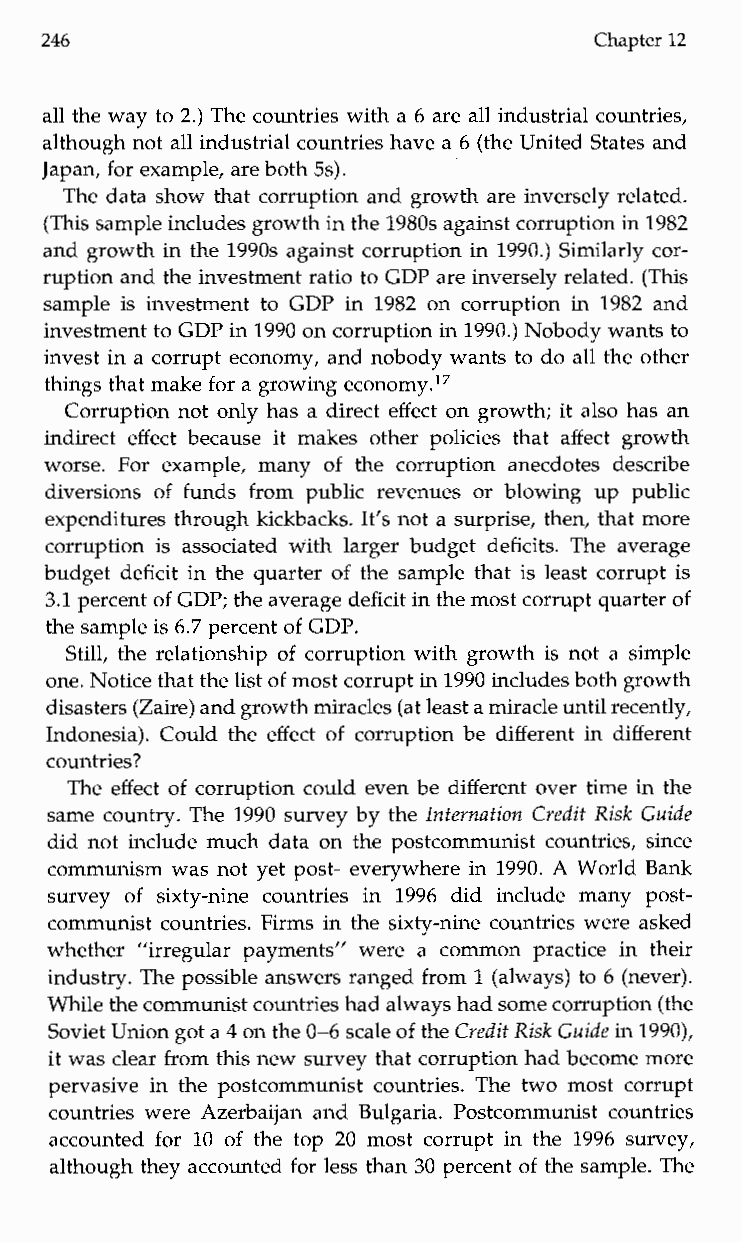
246                                 Chapter 12
 all the way to 2.) The countries with a 6 are all industrial countries,
 although not all industrial countries have a 6 (theU nited States and
 Japan, for example, are both 5s).
 The data show that corruption and growth are inversely related.
 (This sample includes growth in the1 980s against corruption in1 982
 and growth in the 1990s against corruption in 1990.) Similarly cor-
 ruption and the investment ratio toG DP are inversely related. (This
 sample is investment to GDP in 1982 on corruption in 1982 and
 investment to GDP in 1990 on corruption in 1990.) Nobody wants to
 invest in a corrupt economy, and nobody wants to do all the other
 things that make for a growing economy.17
 Corruption not only has a direct effect on growth; it also has an
 indirect effect because itm akeso ther policies that affect growth
 worse. For example,m any of thec orruptiona necdotesd escribe
 diversions of fundsf romp ublicr evenues or blowing up public
 expenditures through kickbacks. It’s not a surprise, then, that more
 corruption is associatedw ithl argerb udget deficits. The average
 budget deficit in the quarter of the sample that is least corrupt is
 3.1 percent of GDP; the average deficit in the most corrupt quarter of
 the sample is6 .7 percent of GDP.
 Still, the relationship of corruption with growth is not a simple
 one. Notice that the list of most corrupt in 1990 includes both growth
 disasters (Zaire)a nd growthm iracles (at least a miracle until recently,
 Indonesia). Could the effect of corruption be different in different
 countries?
 The effect of corruption could even be different over time in the
 same country. The 1990 survey by the Internation Credit Risk Guide
 did not include much data on the postcommunist countries, since
 communism was not yet post- everywhere in 1990. A World Bank
 survey of sixty-ninec ountriesi n 1996 did includem anyp ost-
 communist countries. Firms in the sixty-nine countries were asked
 whether” irregularp ayments”w erea c ommonp racticei nt heir
 industry. The possible answers ranged from 1 (always) to 6 (never).
 While the communist countries had always had some corruption (the
 Soviet Union got a 4 on the 0-6 scale of the Credit Risk Guidei n 1990),
 it was clear from this new survey that corruption had become more
 pervasive in the postcommunist countries. The two most corrupt
 countries were Azerbaijan and Bulgaria. Postcommunist countries
 accounted for 10 of the top 20 most corrupt in the 1996 survey,
 although they accounted for less than 30 percent of the sample. The